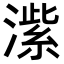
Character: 𬈶